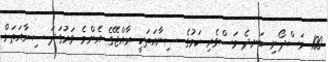
100 މަސްދޯނި ބަނދެ މަސްވެރި ކަމުގެ ސިނާއަތަކީ ރާއްޖޭގެ އެންމެ ވަރުގަދަ ސިނާއަތަށް